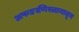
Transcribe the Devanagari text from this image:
अफङाणिस्तानातून